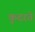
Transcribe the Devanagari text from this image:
कुदरते